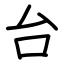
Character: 台